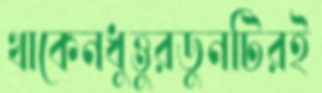
থাকেনধুত্তুরডুনটিরই